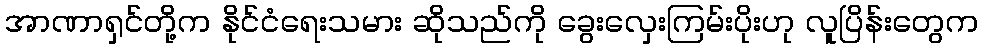
အာဏာရှင်တို့က နိုင်ငံရေးသမား ဆိုသည်ကို ခွေးလှေးကြမ်းပိုးဟု လူပြိန်းတွေက